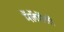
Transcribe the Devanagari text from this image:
मॅलॅगॅसी